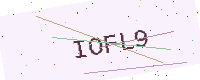
Text: IOFL9